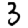
Digit: 3